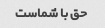
حق با شماست